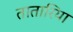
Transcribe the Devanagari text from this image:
तातारिया